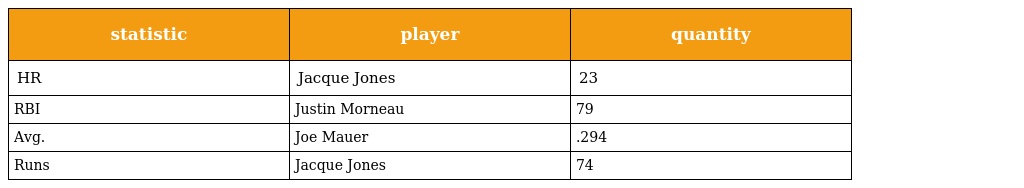
| statistic | player | quantity |
 | --- | --- | --- |
 | HR | Jacque Jones | 23 |
 | RBI | Justin Morneau | 79 |
 | Avg. | Joe Mauer | .294 |
 | Runs | Jacque Jones | 74 |